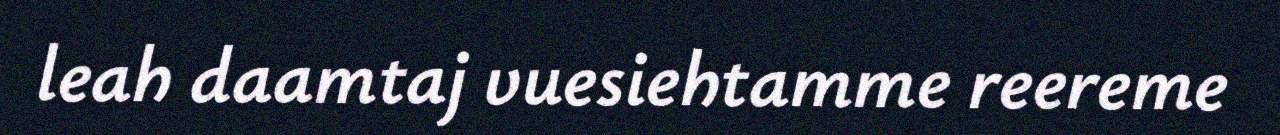
leah daamtaj vuesiehtamme reereme